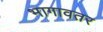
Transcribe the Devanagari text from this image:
भागावतर